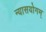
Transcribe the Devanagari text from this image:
न्यासयोगम्